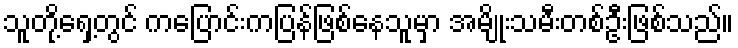
သူတို့ရှေ့တွင် ကပြောင်းကပြန်ဖြစ်နေသူမှာ အမျိုးသမီးတစ်ဦးဖြစ်သည်။